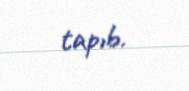
tapıb.